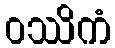
ဝဿိကံ